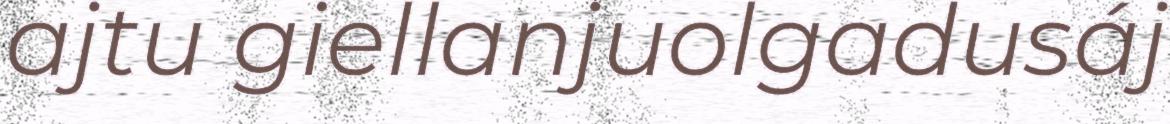
ajtu giellanjuolgadusáj